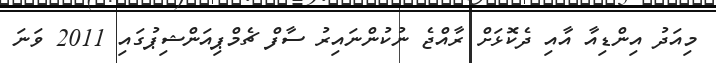
މިއަދު އިންޑިއާ އާއި ދެކޮޅަށް ރާއްޖެ ނުކުންނައިރު ސާފް ޗެމްޕިއަންޝިޕުގައި 2011 ވަނަ